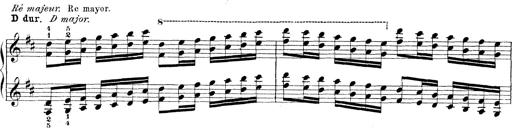
Title: Technische Studien
Composer: Franz Liszt